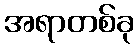
အရာတစ်ခု